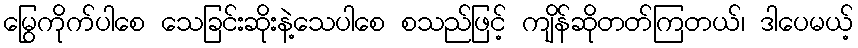
မြွေကိုက်ပါစေ သေခြင်းဆိုးနဲ့သေပါစေ စသည်ဖြင့် ကျိန်ဆိုတတ်ကြတယ်၊ ဒါပေမယ့်